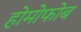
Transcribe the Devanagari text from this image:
होमोफोब